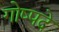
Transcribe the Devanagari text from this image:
गोष्पदे